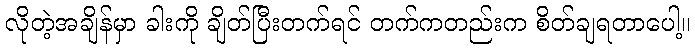
လိုတဲ့အချိန်မှာ ခါးကို ချိတ်ပြီးတက်ရင် တက်ကတည်းက စိတ်ချရတာပေါ့။